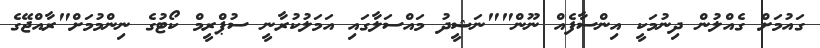
ގައުމަށް ގެއްލުން ދިނުމަކީ އިންސާފެއް ނޫން""ނަޝީދު މައްސަލާގައި އަމަލުކުރާނީ ސުޕްރީމް ކޯޓުގެ ނިންމުމަށް"ރާއްޖޭގެ